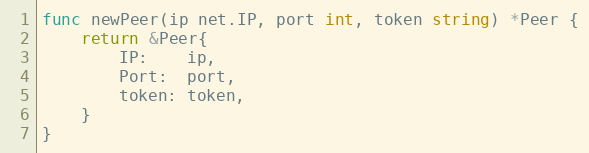
Language: Go
func newPeer(ip net.IP, port int, token string) *Peer {
	return &Peer{
		IP:    ip,
		Port:  port,
		token: token,
	}
}